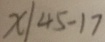
x / 4 5 - 1 7